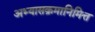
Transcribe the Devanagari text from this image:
अभ्यासक्रमानिमित्त